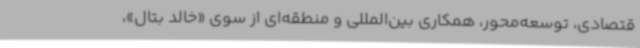
قتصادی، توسعه‌محور، همکاری بین‌المللی و منطقه‌ای از سوی «خالد بتال»،